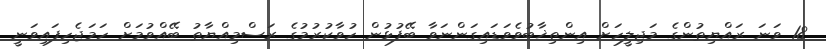
18 ވަނަ ރައްޔިތުންގެ މަޖިލީހަށް އިންތިޚާބުވެވަޑައިގަންނަވާ ބޭފުޅުން ހުވާކުރުމުގެ ރަސްމިއްޔާތު ބޭއްވުމަށް ހަމަޖެހިފައިވަނީ